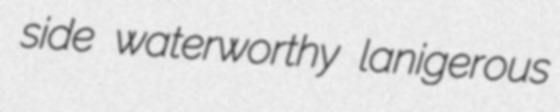
side waterworthy lanigerous